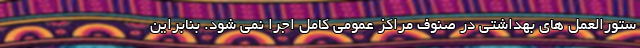
ستورالعمل های بهداشتی در صنوف مراکز عمومی کامل اجرا نمی شود. بنابراین